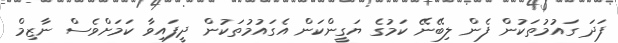
ފަދަ ގައުމުތަކުން ފެން ލިބޭނޭ ކަމުގެ ޔަގީންކަން އެގައުމުތަކުން ދީފައިވާ ކަމަށްވެސް ނާޒިމް